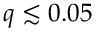
q \lesssim 0 . 0 5